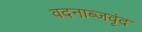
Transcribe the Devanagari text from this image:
वदनाब्जवृंद